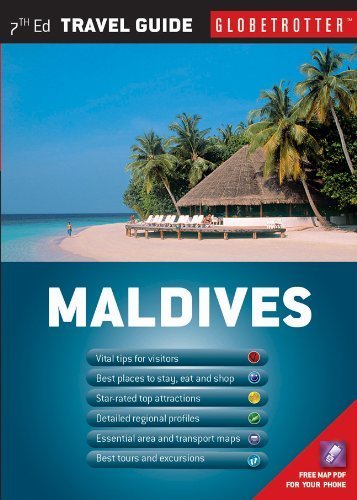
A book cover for Maldives (Globetrotter Travel Pack) by Lamberti, Stefania (2013) Paperback; Travel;